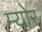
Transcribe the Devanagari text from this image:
म्‍योर